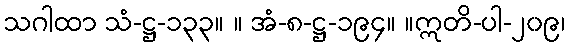
သဂါထာ သံ-ဋ္ဌ-၁၃၃။ ။ အံ-၈-ဋ္ဌ-၁၉၄။ ။ဣတိ-ပါ-၂၀၉၊